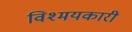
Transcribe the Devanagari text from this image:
विश्मयकारी